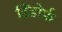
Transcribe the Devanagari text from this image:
डिंडोर्फ़